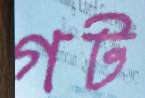
গট